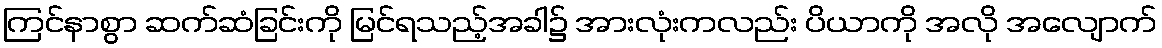
ကြင်နာစွာ ဆက်ဆံခြင်းကို မြင်ရသည့်အခါ၌ အားလုံးကလည်း ပိယာကို အလို အလျောက်